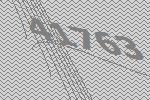
41763